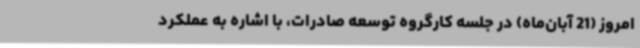
امروز (21 آبان‌ماه) در جلسه کارگروه توسعه صادرات، با اشاره به عملکرد